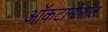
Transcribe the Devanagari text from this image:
ऑकटानोसॉल